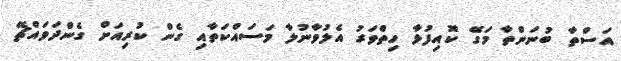
އަސްތާ ބުނަންތާ މަގޭ ކޮއިފުޅާ ހިތްވަރު އެލުވާނުލާ މަސައްކަތާއި ގެން ކުރިއަށް ގެންދަވައްޗޭ